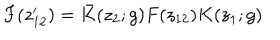
F ( z _ { 1 2 } ^ { \prime } ) = \bar { K } ( z _ { 2 } ; g ) F ( z _ { 1 2 } ) K ( z _ { 1 } ; g )